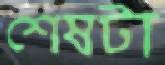
শেষটা